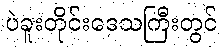
ပဲခူးတိုင်းဒေသကြီးတွင်